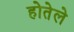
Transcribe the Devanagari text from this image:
होतेले